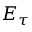
E _ { \tau }